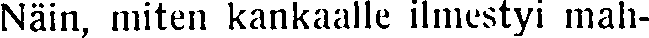
Näin, miten kankaalle ilmestyi mah-